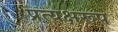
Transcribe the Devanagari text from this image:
प्रत्यक्षरूप